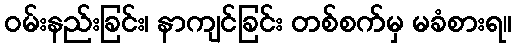
ဝမ်းနည်းခြင်း၊ နာကျင်ခြင်း တစ်စက်မှ မခံစားရ။